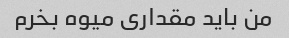
من باید مقداری میوه بخرم